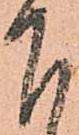
下